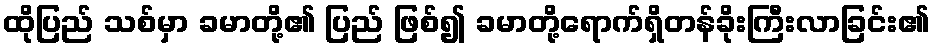
ထိုပြည် သစ်မှာ ခမာတို့၏ ပြည် ဖြစ်၍ ခမာတို့ရောက်ရှိတန်ခိုးကြီးလာခြင်း၏